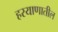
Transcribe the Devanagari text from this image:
हरयाणातील